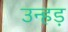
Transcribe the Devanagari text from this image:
उन्हड़